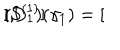
( D _ { 1 } ) ( \gamma _ { 1 } ) = [ \hspace { - 0 . 7 m m } [ S ^ { ( 1 ) } ] \hspace { - 0 . 7 m m } ] ,